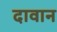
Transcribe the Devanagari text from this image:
दावान